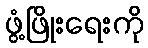
ဖွံ့ဖြိုးရေးကို